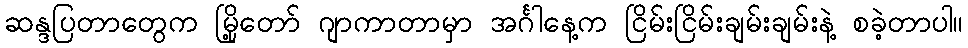
ဆန္ဒပြတာတွေက မြို့တော် ဂျာကာတာမှာ အင်္ဂါနေ့က ငြိမ်းငြိမ်းချမ်းချမ်းနဲ့ စခဲ့တာပါ။